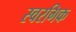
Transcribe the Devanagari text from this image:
स्वरगिक